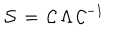
LaTeX: { \cal S } \, = \, { \cal C } \, \Lambda \, { \cal C } ^ { - 1 }